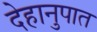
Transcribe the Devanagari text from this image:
देहानुपात